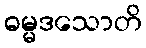
ဓမ္မဒသောတိ